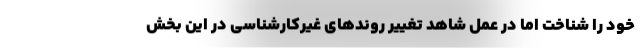
خود را شناخت اما در عمل شاهد تغییر روندهای غیرکارشناسی در این بخش